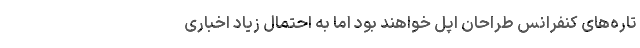
تاره‌های کنفرانس طراحان اپل خواهند بود اما به احتمال زیاد اخباری